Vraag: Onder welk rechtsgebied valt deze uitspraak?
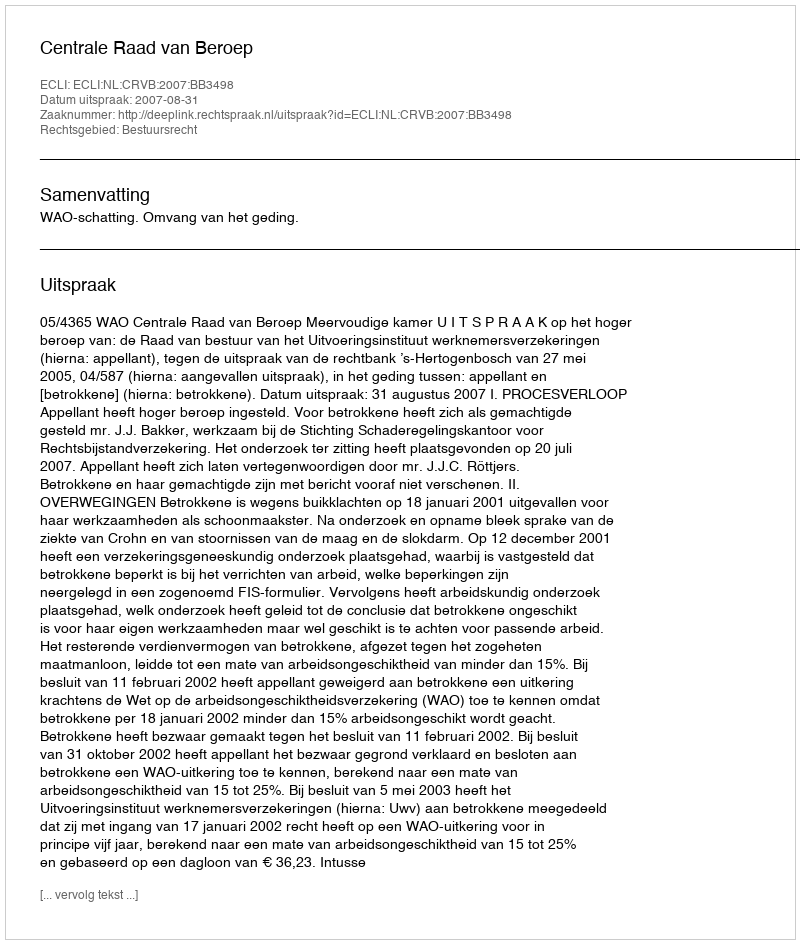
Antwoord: Bestuursrecht